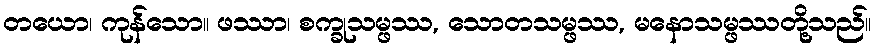
တယော၊ ကုန်သော။ ဖဿာ၊ စက္ခုသမ္ဖဿ, သောတသမ္ဖဿ, မနောသမ္ဖဿတို့သည်။